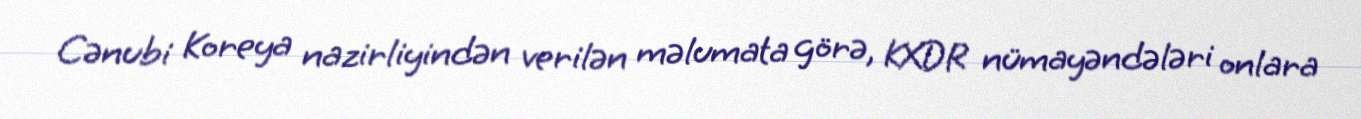
Cənubi Koreya nazirliyindən verilən məlumata görə, KXDR nümayəndələri onlara